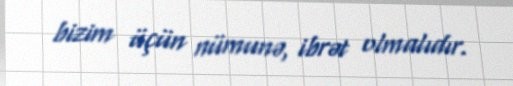
bizim üçün nümunə, ibrət olmalıdır.